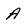
Character: A